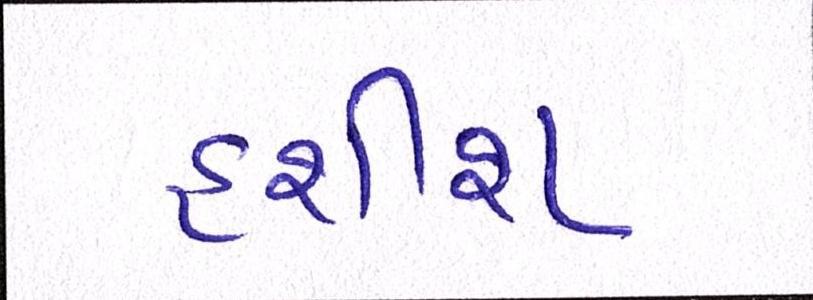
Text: હશીશ